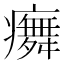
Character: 𭼳